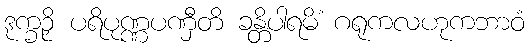
ဒုက္ခဉှိ ပရိပုဏ္ဏပဏှီတိ ခန္တိပါရမိံ ဂရုကလဟုကဘာဝံ